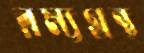
রম্যগ্রন্থ